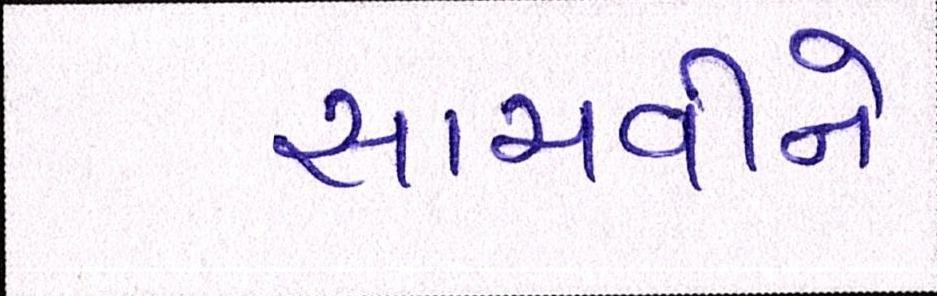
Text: સાચવીને